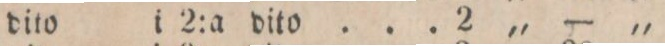
„ dito i 2:a dito ... 2 „ — „